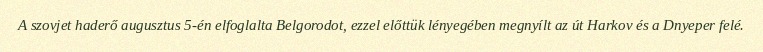
A szovjet haderő augusztus 5-én elfoglalta Belgorodot, ezzel előttük lényegében megnyílt az út Harkov és a Dnyeper felé.